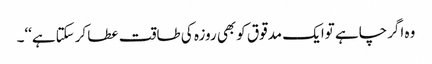
وہ اگرچاہے توایک مدقوق کوبھی روزہ کی طاقت عطا کرسکتاہے‘‘۔